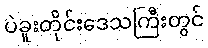
ပဲခူးတိုင်းဒေသကြီးတွင်